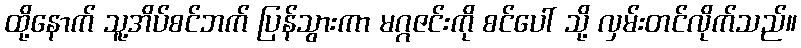
ထို့နောက် သူ့အိပ်စင်ဘက် ပြန်သွားကာ မဂ္ဂဇင်းကို စင်ပေါ် သို့ လှမ်းတင်လိုက်သည်။